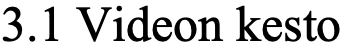
3.1 Videon kesto